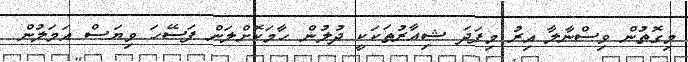
މިގޮތުން ވިސްނާލާ އިރު މިފަދަ ޝިއާރުތަކަކީ ދުލުން ހާމަކޮށްލަން ފަސޭހަ ވިޔަސް އަމަލުން